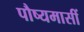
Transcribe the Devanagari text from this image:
पौष्यमासीं